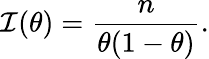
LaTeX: {\mathcal{I}}(\theta)={\frac{n}{\theta(1-\theta)}}.